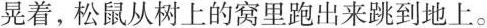
晃着，松鼠从树上的窝里跑出来跳到地上。